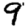
Digit: 9